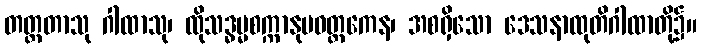
တတ္ထတာသု ဂါထာသု၊ ထိုသဒ္ဓမ္မစက္ကာနုပဝတ္တကေန၊ အစရှိသော ဒေသနာထုတိဂါထာတို့၌။